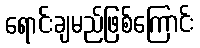
ရောင်းချမည်ဖြစ်ကြောင်း